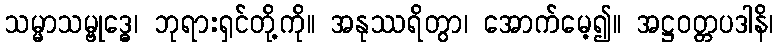
သမ္မာသမ္ဗုဒ္ဓေ၊ ဘုရားရှင်တို့ကို။ အနုဿရိတွာ၊ အောက်မေ့၍။ အဋ္ဌဝတ္တပဒါနိ၊